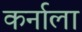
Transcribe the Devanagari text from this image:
कर्नाला